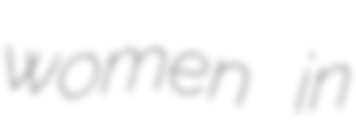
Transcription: women in